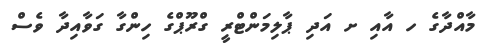
މާއްދާގެ ހ އާއި ށ އަދި ޕާލިމަންޓްރީ ގްރޫޕްގެ ހިންގާ ގަވާއިދާ ވެސް